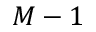
M - 1